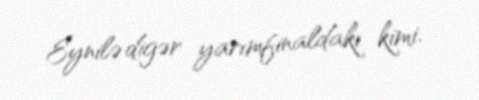
Eynilə digər yarımfinaldakı kimi.